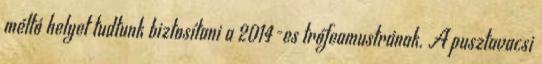
méltó helyet tudtunk biztosítani a 2014-es trófeamustrának. A pusztavacsi